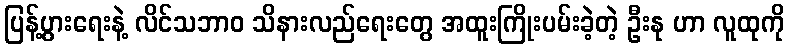
ပြန့်ပွားရေးနဲ့ လိင်သဘာဝ သိနားလည်ရေးတွေ အထူးကြိုးပမ်းခဲ့တဲ့ ဦးနု ဟာ လူထုကို